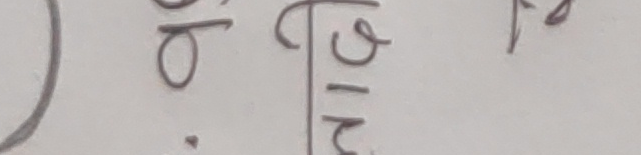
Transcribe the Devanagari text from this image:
ठो २/२